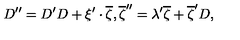
D ^ { \prime \prime } = D ^ { \prime } D + \xi ^ { \prime } \cdot \overline { { \zeta } } , \overline { { \zeta } } ^ { \prime \prime } = \lambda ^ { \prime } \overline { { \zeta } } + \overline { { \zeta } } ^ { \prime } D ,